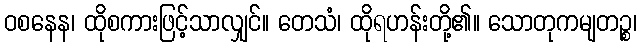
ဝစနေန၊ ထိုစကားဖြင့်သာလျှင်။ တေသံ၊ ထိုရဟန်းတို့၏။ သောတုကမျတဉ္စ၊